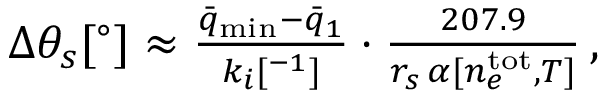
\begin{array} { r } { \Delta \theta _ { s } [ ^ { \circ } ] \approx \frac { \bar { q } _ { \mathrm { m i n } } - \bar { q } _ { 1 } } { k _ { i } [ \AA ^ { - 1 } ] } \cdot \frac { 2 0 7 . 9 } { r _ { s } \, \alpha [ n _ { e } ^ { \mathrm { t o t } } , T ] } \, , } \end{array}